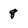
Character: 8